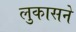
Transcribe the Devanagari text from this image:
लुकासने